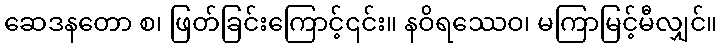
ဆေဒနတော စ၊ ဖြတ်ခြင်းကြောင့်၎င်း။ နဝိရဿေဝ၊ မကြာမြင့်မီလျှင်။